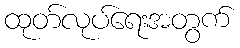
ထုတ်လုပ်ရေးအတွက်